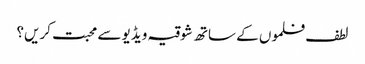
لطف فلموں کے ساتھ شوقیہ ویڈیو سے محبت کریں؟